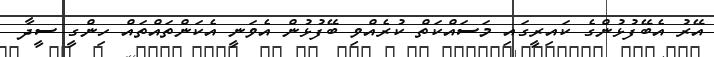
އޭރު އެބޭފުޅުންގެ ކައިރީގައި މަސައްކަތް ކުރެއްވި ބޭފުޅުން އެވަނީ އެކަންތައްތައް ހިންގީ ސީދާ